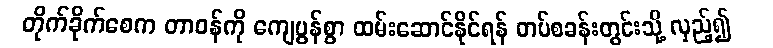
တိုက်ခိုက်စေက တာဝန်ကို ကျေပွန်စွာ ထမ်းဆောင်နိုင်ရန် တပ်စခန်းတွင်းသို့ လှည့်၍